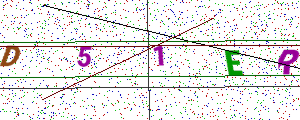
Text: D51ER